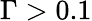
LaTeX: \Gamma>0.1